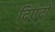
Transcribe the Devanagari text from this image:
दिएदो